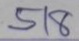
518